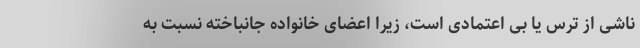
ناشی از ترس یا بی اعتمادی است، زیرا اعضای خانواده جانباخته نسبت به